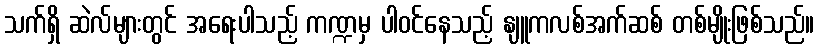
သက်ရှိ ဆဲလ်များတွင် အရေးပါသည့် ကဏ္ဍမှ ပါဝင်နေသည့် နျူကလစ်အက်ဆစ် တစ်မျိုးဖြစ်သည်။